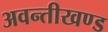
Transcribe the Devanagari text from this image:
अवन्तीखण्ड